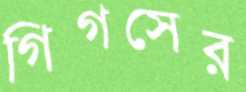
গিগসের